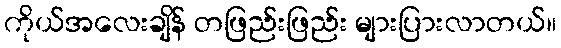
ကိုယ်အလေးချိန် တဖြည်းဖြည်း များပြားလာတယ်။